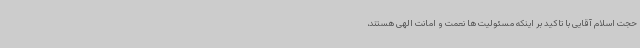
حجت اسلام آقایی با تاکید بر اینکه مسئولیت ها نعمت و امانت الهی هستند،